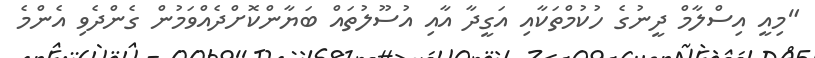
"މިއީ އިސްލާމް ދީނުގެ ހުކުމްތަކާއި އަގީދާ އާއި އުސޫލުތައް ބަޔާންކޮށްދެއްވަމުން ގެންދެވި އެންމެ